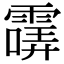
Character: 𩄺